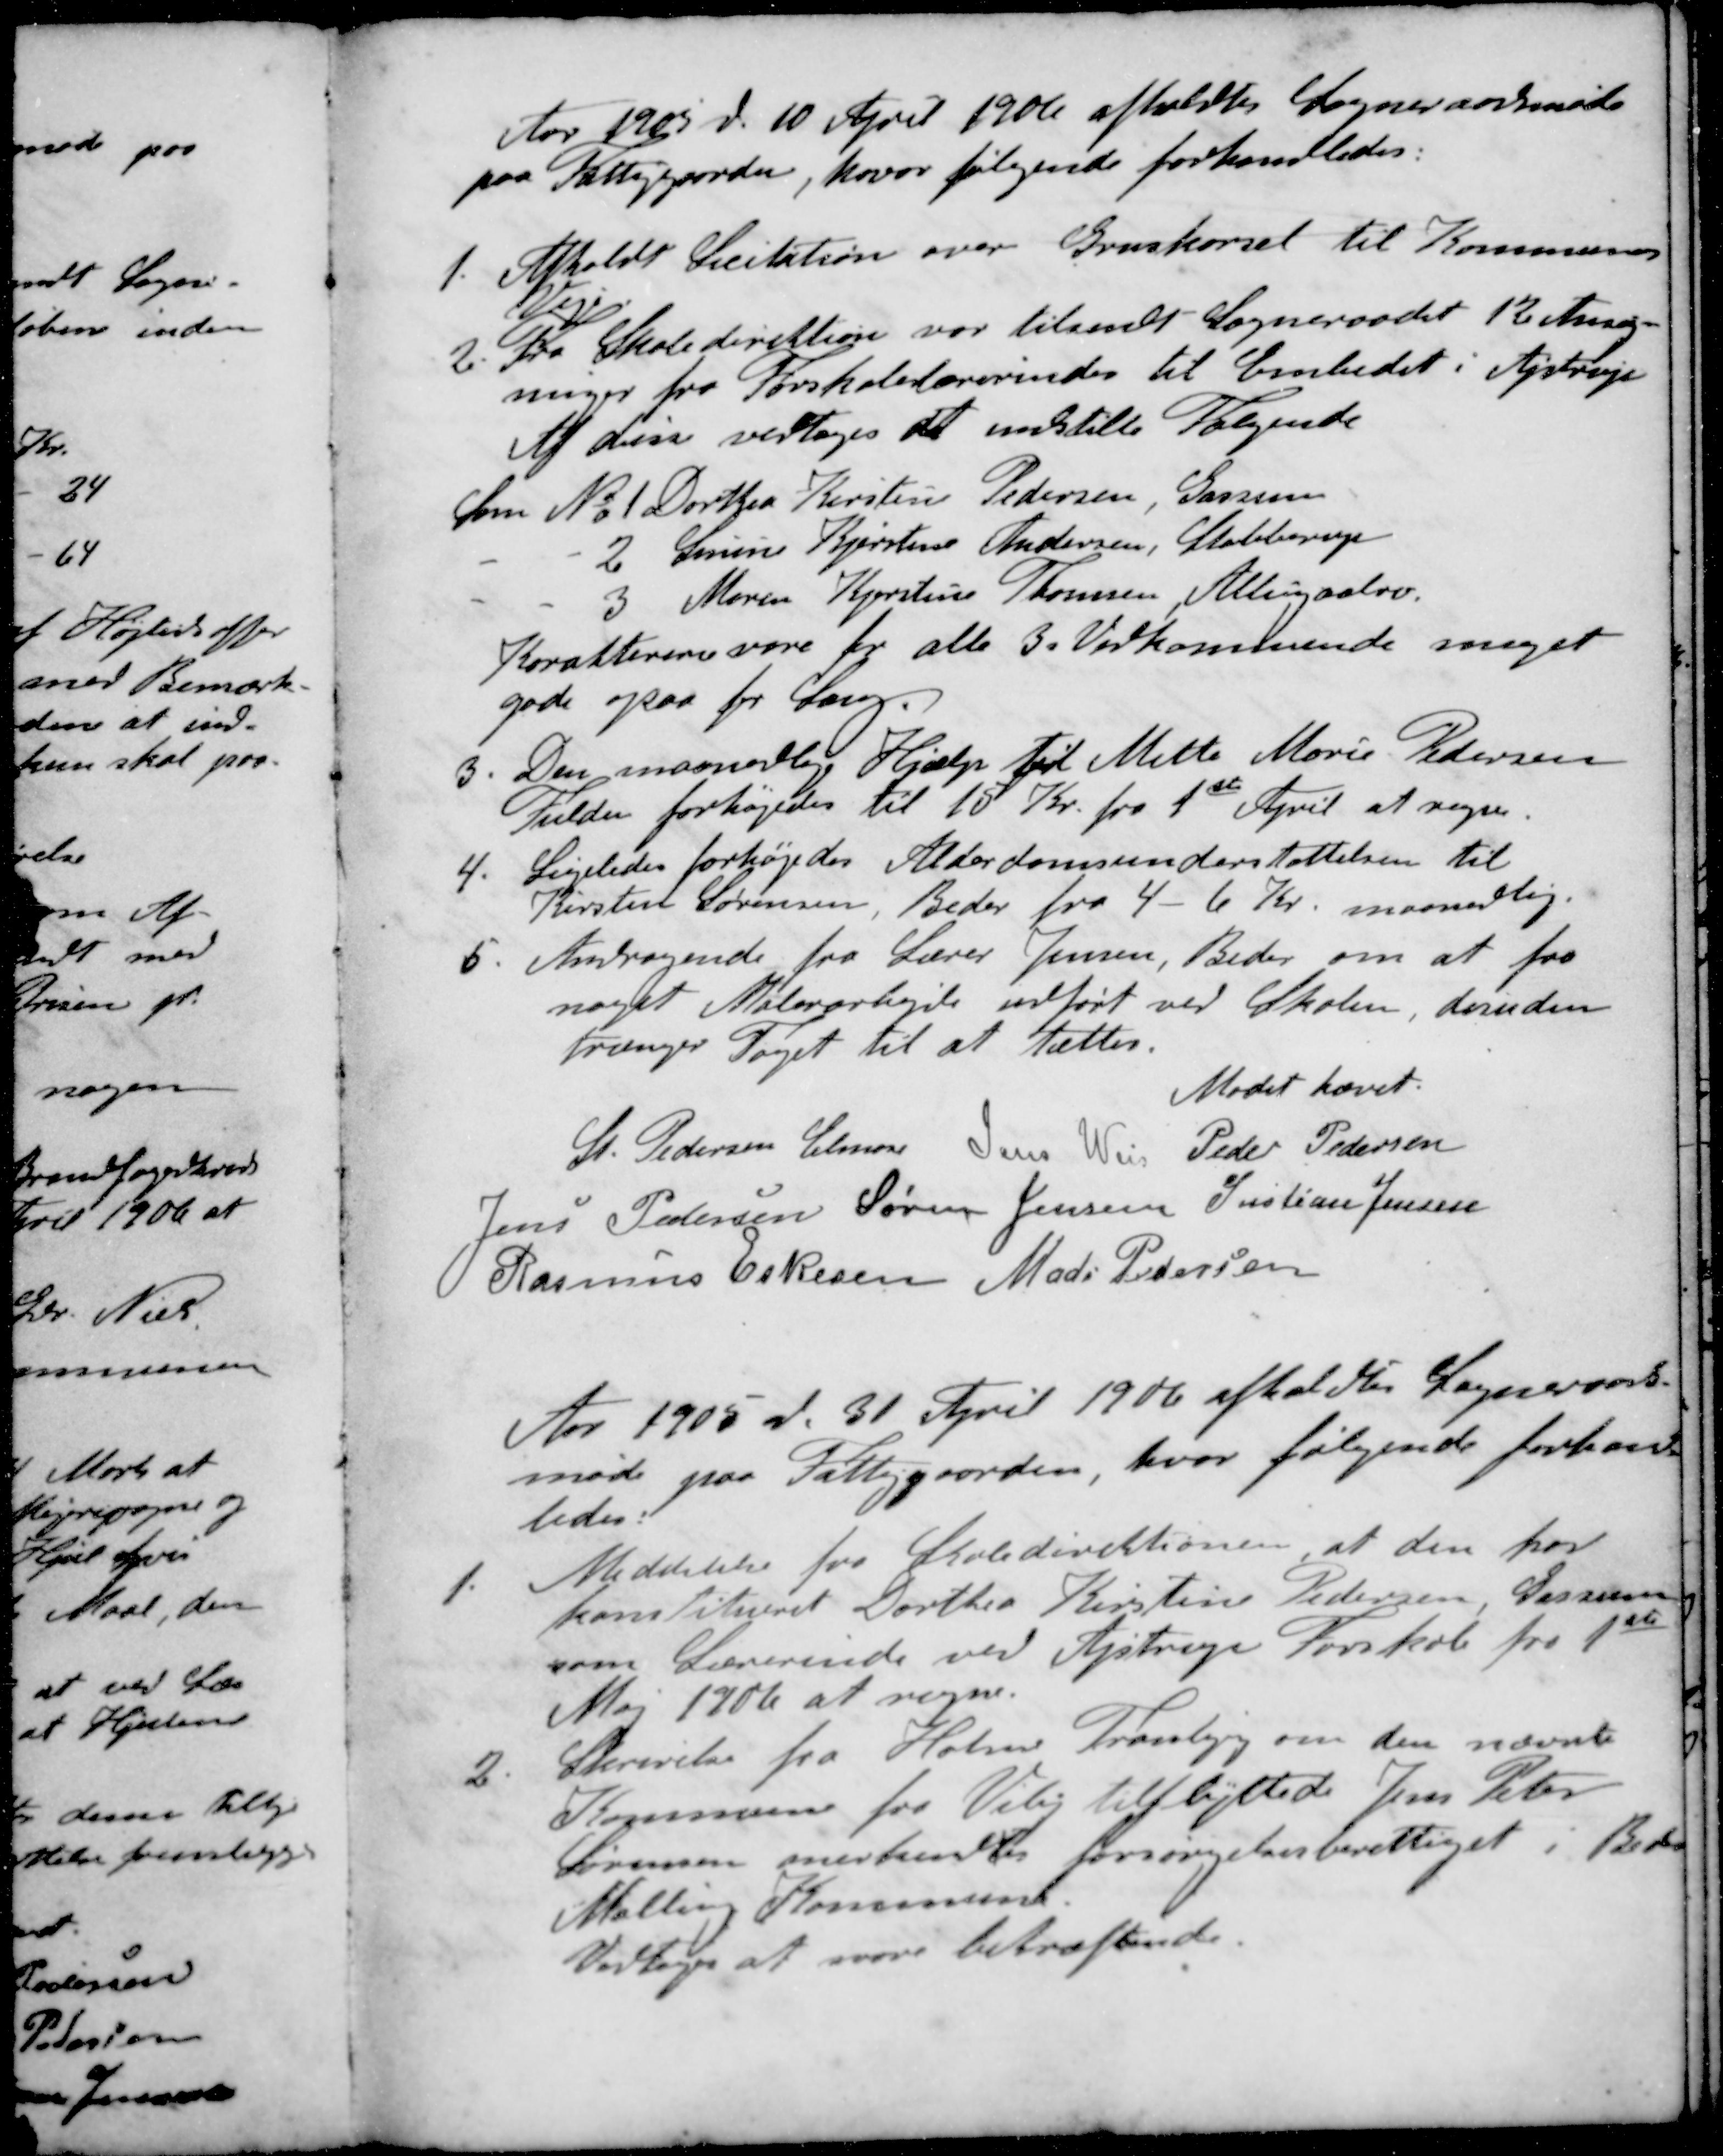
Transskription:
Aar 1905 d. 10 April 1906 afholdtes Sogneraadsmøde
paa Fattiggaarden, hvor følgende forhandledes:
1. Afholdt Licitation over Gruskørsel til Kommunens
Veje
2. Fra Skoledirektion var tilsendt Sogneraadet 12 Ansøg-
ninger fra Forskolelærerinder til Embedet i Ajstrup
Af disse vedtoges at indstille Følgende
Som No 1 Dorthea Kirstine Pedersen, Gassem
- - 2 Smine Bjirstine Andersen, Stubberup
- - 3 Maren Kjerstine Thomsen, Allingaabro
Karaktererne vare for alle 3s Vedkommende meget
gode ogsaa for Sang
3. Den maanedlige Hjælp til Mette Marie Pedersen
Fulden forhøjedes til 10 Kr. fra 1st April at regne.
4. Ligeledes forhøjedes Alderdomsunderstøttelsen til
Kirsten Sørensen, Beder fra 4 - 6 Kr. maanedlig.
5. Andragende fra Lærer Jensen, Beder om at faa
noget Malerarbejde udført ved Skolen, desuden
trænger Taget til at tættes.
Mødet hævet.
St Pedersen Elmose
Jens Weis
Peder Pedersen
Jens Pedersen
Søren Jensen
Kristian Jensen
Rasmus Eskesen
Mads Pedersen
Aar 1905 d. 31. April 1906 afholdtes Sogneraads-
møde paa Fattiggaarden, hvor følgende forhand-
ledes:
1. Meddelelse fra Skoledirektionen at den har
konstitueret Dorthea Kirstine Pedersen, Gassem
som Lærerinde ved Ajstrup Forskole fra 1ste
Maj 1906 at regne.
2. Skrivelse fra Holme Tranbjerg om den nævnte
Kommune fra Viby tilflyttede Jens Peter
Sørensen anerkendes forsørgelsesberettiget i Beder
Malling Kommune.
Vedtoges at svare bekræftende.